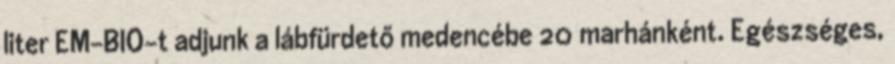
liter EM-BIO-t adjunk a lábfürdető medencébe 20 marhánként. Egészséges,